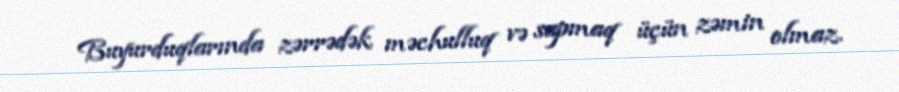
Buyurduqlarında zərrədək məchulluq və sapmaq üçün zəmin olmaz.